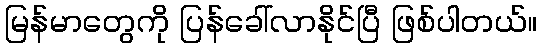
မြန်မာတွေကို ပြန်ခေါ်လာနိုင်ပြီ ဖြစ်ပါတယ်။